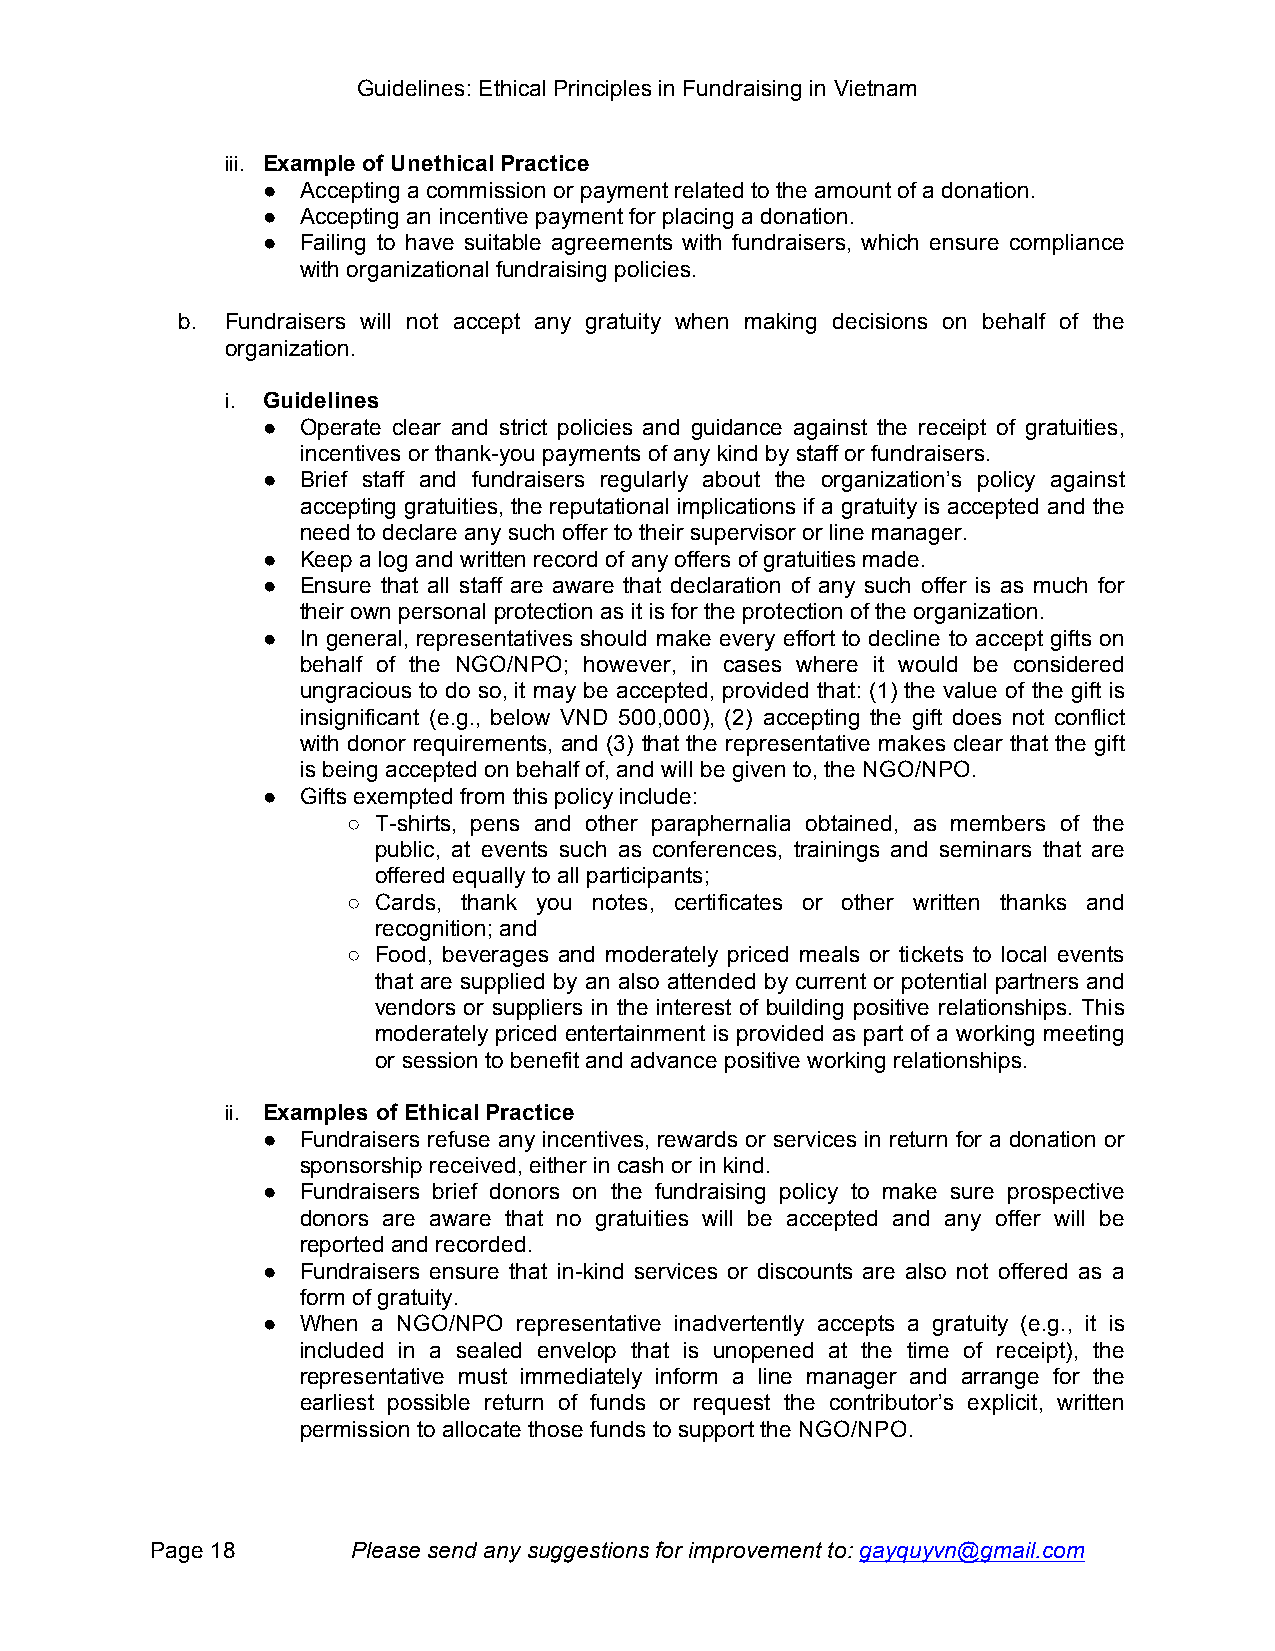
Guidelines: Ethical Principles in Fundraising in Vietnam
 iii. Example of Unethical Practice
 ●  Accepting a commission or payment related to the amount of a donation.
 ●  Accepting an incentive payment for placing a donation.
 ●  Failing to have suitable agreements with fundraisers, which ensure compliance
 with organizational fundraising policies.
 b. Fundraisers will not accept any gratuity when making decisions on behalf of the
 organization.
 i. Guidelines
 ●  Operate clear and strict policies and guidance against the receipt of gratuities,
 incentives or thank-you payments of any kind by staff or fundraisers.
 ●  Brief staff and fundraisers regularly about the organization’s policy against
 accepting gratuities, the reputational implications if a gratuity is accepted and the
 need to declare any such offer to their supervisor or line manager.
 ●  Keep a log and written record of any offers of gratuities made.
 ●  Ensure that all staff are aware that declaration of any such offer is as much for
 their own personal protection as it is for the protection of the organization.
 ●  In general, representatives should make every effort to decline to accept gifts on
 behalf of the NGO/NPO; however, in cases where it would be considered
 ungracious to do so, it may be accepted, provided that: (1) the value of the gift is
 insignificant (e.g., below VND 500,000), (2) accepting the gift does not conflict
 with donor requirements, and (3) that the representative makes clear that the gift
 is being accepted on behalf of, and will be given to, the NGO/NPO.
 ●  Gifts exempted from this policy include:
 ○ T-shirts, pens and other paraphernalia obtained, as members of the
 public, at events such as conferences, trainings and seminars that are
 offered equally to all participants;
 ○ Cards, thank you notes, certificates or other written thanks and
 recognition; and
 ○ Food, beverages and moderately priced meals or tickets to local events
 that are supplied by an also attended by current or potential partners and
 vendors or suppliers in the interest of building positive relationships. This
 moderately priced entertainment is provided as part of a working meeting
 or session to benefit and advance positive working relationships.
 ii. Examples of Ethical Practice
 ●  Fundraisers refuse any incentives, rewards or services in return for a donation or
 sponsorship received, either in cash or in kind.
 ●  Fundraisers brief donors on the fundraising policy to make sure prospective
 donors are aware that no gratuities will be accepted and any offer will be
 reported and recorded.
 ●  Fundraisers ensure that in-kind services or discounts are also not offered as a
 form of gratuity.
 ●  When a NGO/NPO representative inadvertently accepts a gratuity (e.g., it is
 included in a sealed envelop that is unopened at the time of receipt), the
 representative must immediately inform a line manager and arrange for the
 earliest possible return of funds or request the contributor’s explicit, written
 permission to allocate those funds to support the NGO/NPO.
 Page 18      Please send any suggestions for improvement to: gayquyvn@gmail.com